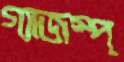
গ্যাজস্প্